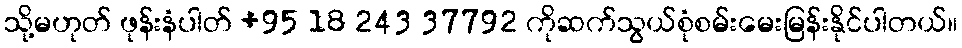
သို့မဟုတ် ဖုန်းနံပါတ် +95 18 243 37792 ကိုဆက်သွယ်စုံစမ်းမေးမြန်းနိုင်ပါတယ်။